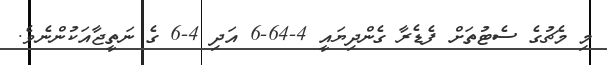
މި މެޗުގެ ސެޓުތަށް ފެޑެރާ ގެންދިޔައީ 4-64-6 އަދި 4-6 ގެ ނަތީޖާއަކުންނެވެ.